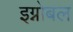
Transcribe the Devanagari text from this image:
इग्नोबल